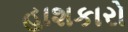
હાશકારો